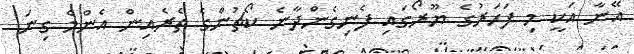
އޭނާ އަކީ މި ފަހަރުގެ ޔޫރޯގައި ފެނިގެންދާނެ ކޯޗުންގެ ތެރެއިން އެންމެ ގިނަ